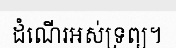
ដំណើរអស់ទ្រព្យ។